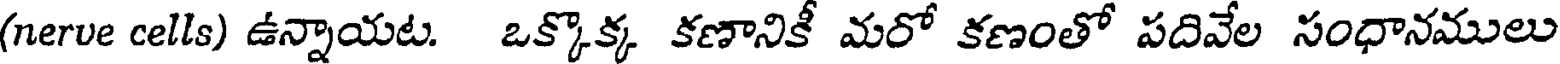
(nerve cells) ఉన్నాయట. ఒక్కొక్క కణానికీ మరో కణంతో పదివేల సంధానములు